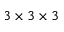
3 \times 3 \times 3